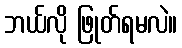
ဘယ်လို ဖြုတ်ရမလဲ။